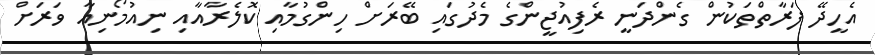
އެހީދޭ ފަރާތްތަކުން ގެންދަނީ ރެފިއުޖީންގެ މެދުގައި ބޭރަށް ހިންގުމާއި ކޮލެރާއާއި ނިއުމޯނިއާ ވަރަށް